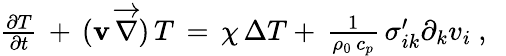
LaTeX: \begin{array}{r}{\frac{\partial{T}}{\partial t}\, +\, ({\mathbf v}\, \overrightarrow{\nabla})\, {T}\, =\, \chi\, \Delta T+\, \frac{1}{\rho_{0}\, c_{p}}\, \sigma_{ik}^{\prime}\partial_{k}v_{i}\ ,\ \ }\end{array}